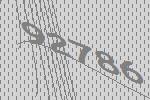
92786